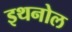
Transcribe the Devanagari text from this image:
इथनोल